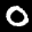
Label: 0